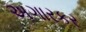
અગારકર